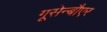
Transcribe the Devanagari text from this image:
गूसेन्बौएर